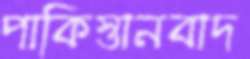
পাকিস্তানবাদ